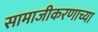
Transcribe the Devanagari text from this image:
सामाजीकरणाच्या